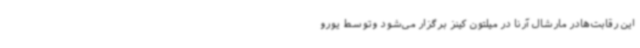
این رقابت‌هادر مارشال آرنا در میلتون کینز برگزار می‌شود وتوسط یورو